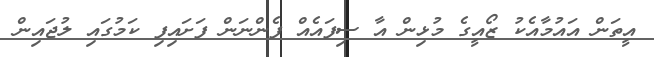
އީތަން އައުމާއެކު ޒޯއީގެ މުޅިން އާ ސިފައެއް ފެންނަން ފަށައިފި ކަމުގައި ލުޖައިން